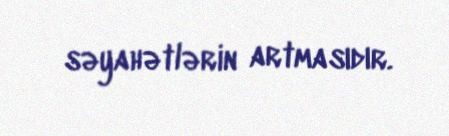
səyahətlərin artmasıdır.